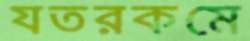
যতরকমে